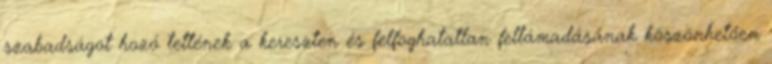
szabadságot hozó tettének a kereszten és felfoghatatlan feltámadásának köszönhetően